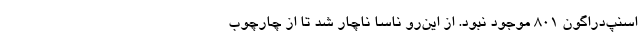
اسنپ‌دراگون 801 موجود نبود. از این‌رو ناسا ناچار شد تا از چارچوب